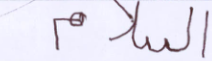
السلام